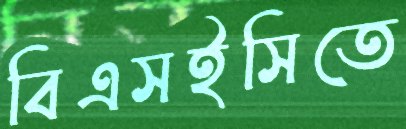
বিএসইসিতে